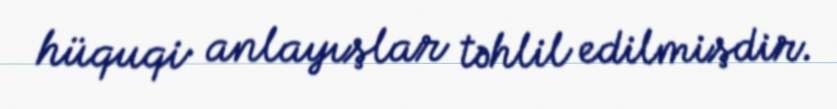
hüquqi anlayışlar təhlil edilmişdir.